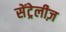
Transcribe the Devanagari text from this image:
सेंट्रेलीज़